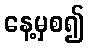
နေ့မှစ၍